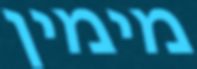
מימין